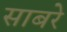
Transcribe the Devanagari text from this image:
साबरे